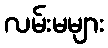
လမ်းမများ